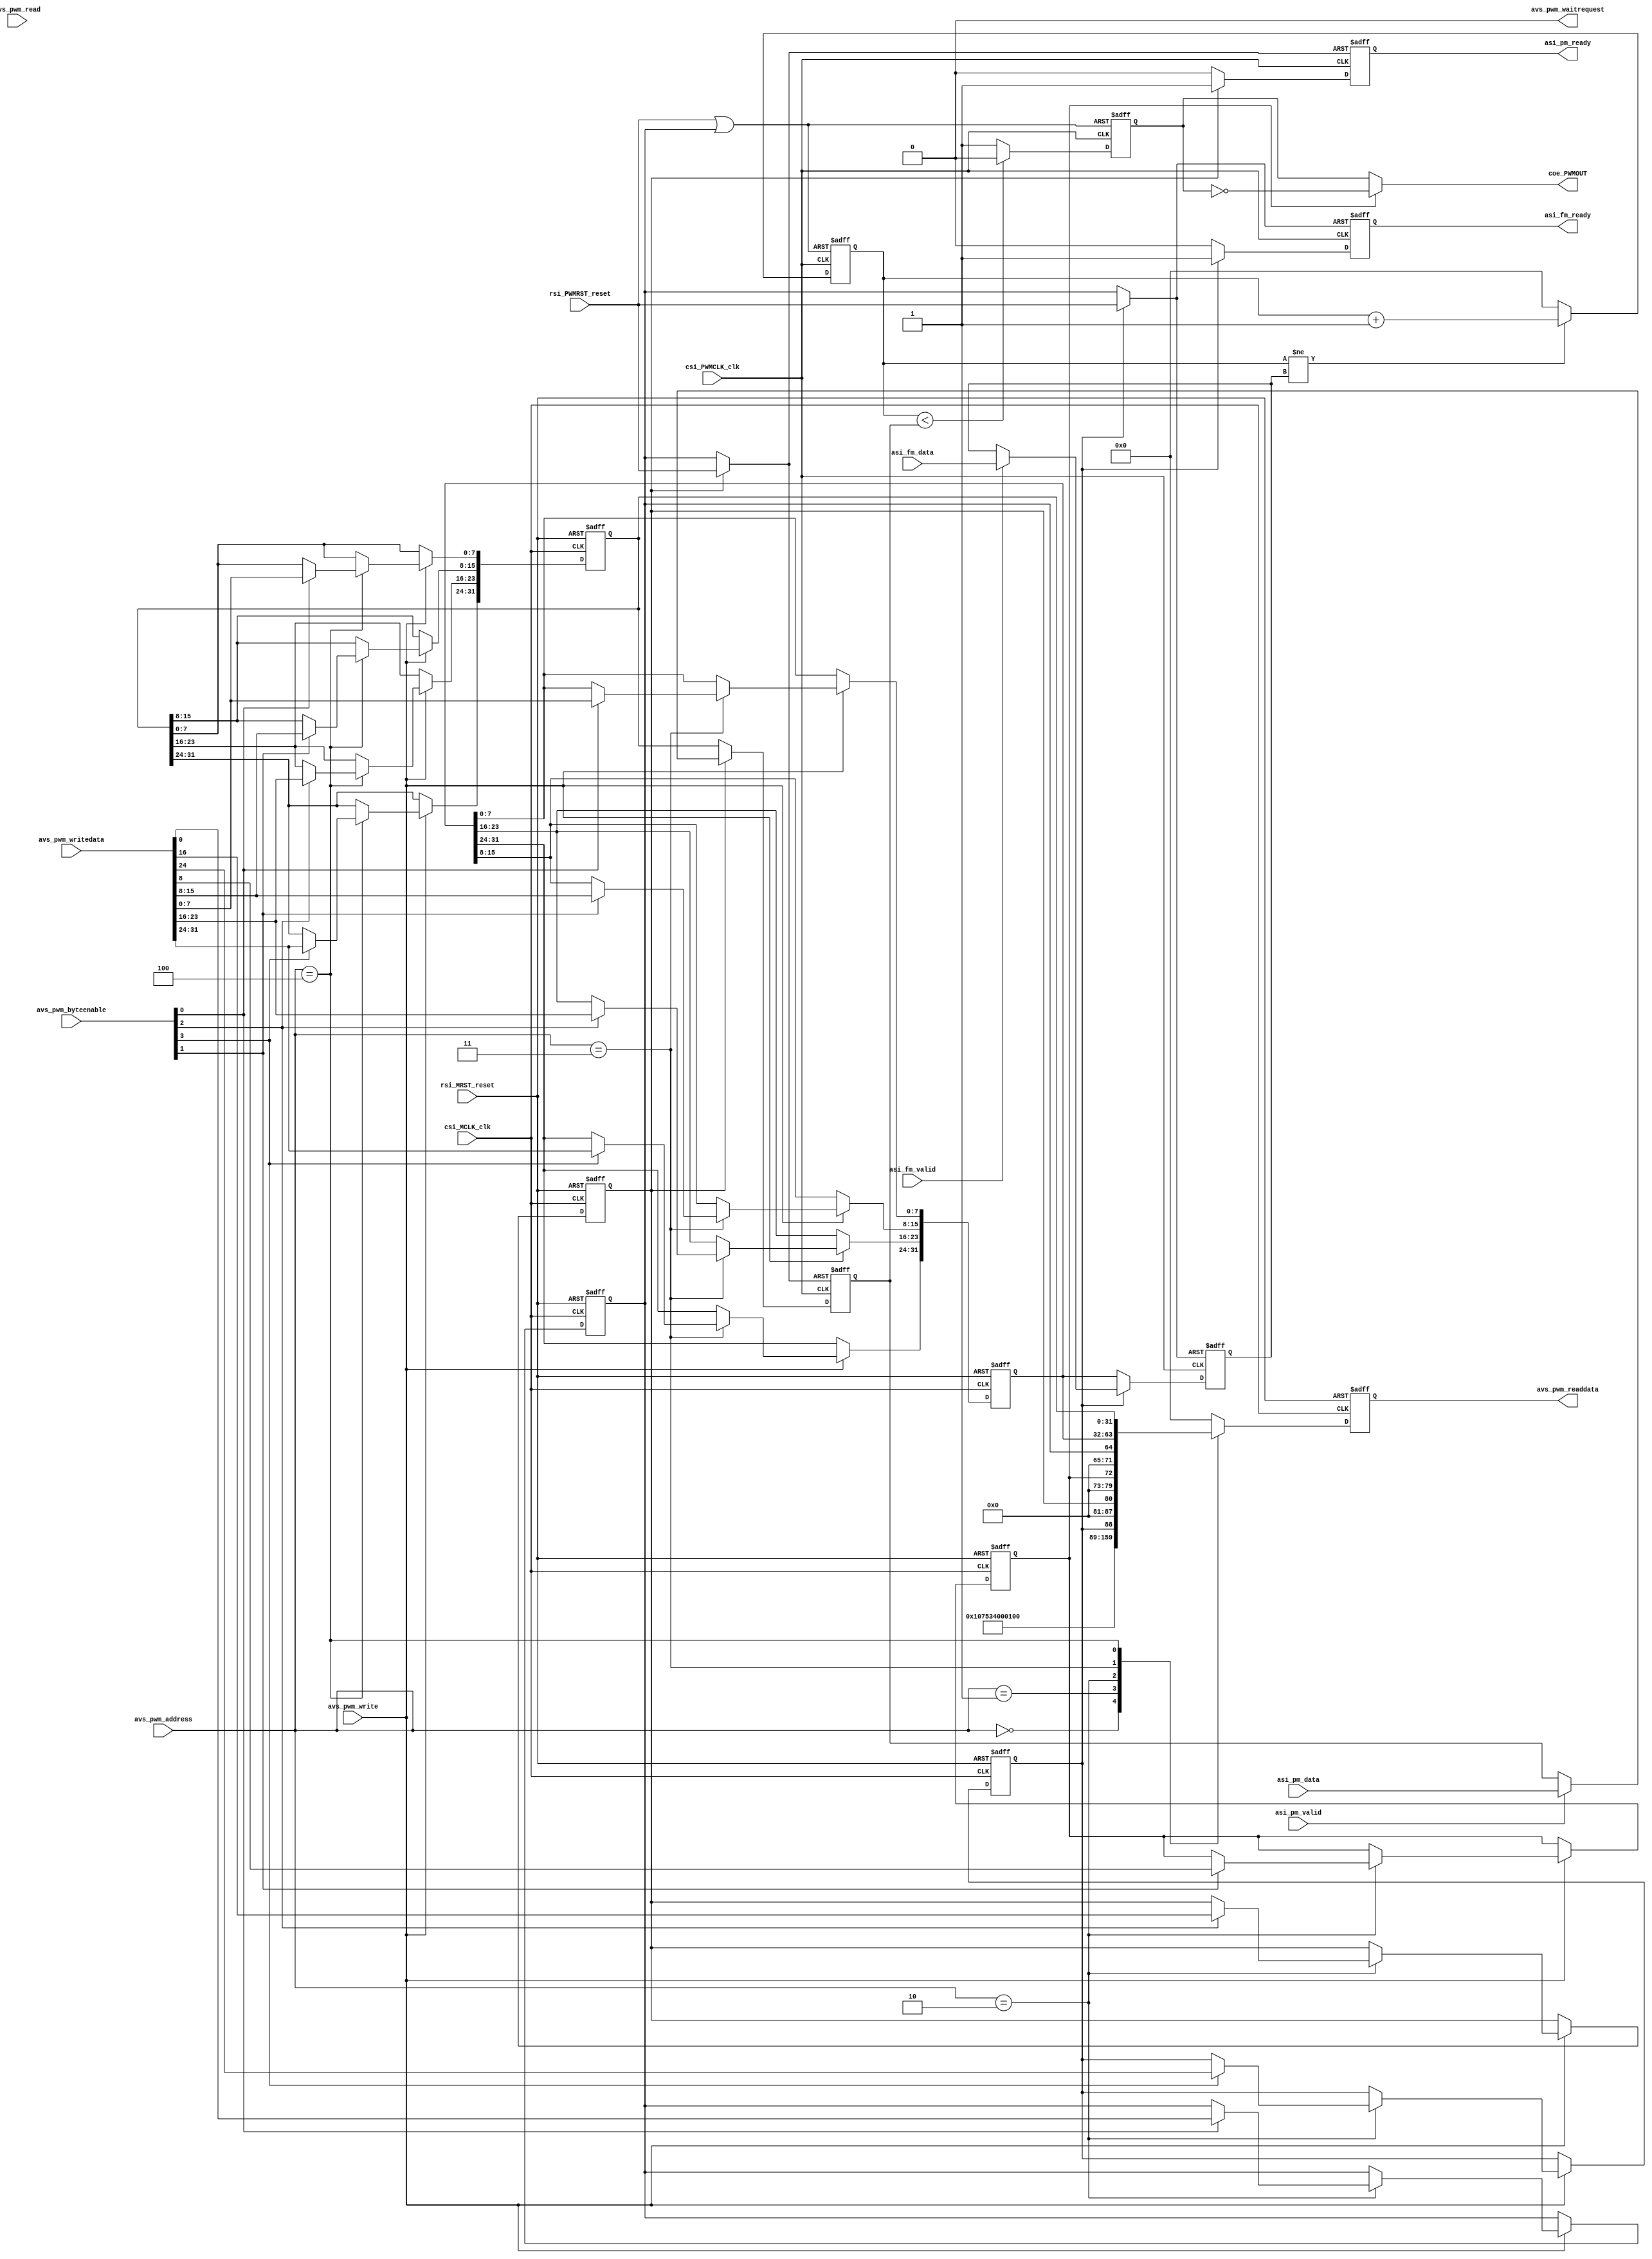
module grid_PWM(
input					rsi_MRST_reset,
input					csi_MCLK_clk,

input		[31:0]	avs_pwm_writedata,
output	[31:0]	avs_pwm_readdata,
input		[2:0]		avs_pwm_address,
input		[3:0]		avs_pwm_byteenable,
input					avs_pwm_write,
input					avs_pwm_read,
output				avs_pwm_waitrequest,

input					rsi_PWMRST_reset,
input					csi_PWMCLK_clk,

input		[31:0]	asi_fm_data,
input					asi_fm_valid,
output				asi_fm_ready,

input		[31:0]	asi_pm_data,
input					asi_pm_valid,
output				asi_pm_ready,

output				coe_PWMOUT
);

assign	avs_pwm_readdata = read_data;
assign	avs_pwm_waitrequest = 1'b0;
assign	asi_fm_ready = fm_ready;
assign	asi_pm_ready = pm_ready;
assign	coe_PWMOUT = (out_inv) ? ~pwm_out : pwm_out;

reg		[31:0]	read_data = 0;

reg					out_inv = 0;
reg					asi_gate_en = 0;
reg					asi_dtyc_en = 0;
reg					r_reset = 1;
reg		[31:0]	r_gate = 0;
reg		[31:0]	r_dtyc = 0;

/*
 * GRID_MOD_SIZE		0x0
 * GRID_MOD_ID			0x4
 * PWM_CTRL				0x8
 * PWM_PRD				0xC
 * PWM_DTYC				0x10
 */

always@(posedge csi_MCLK_clk or posedge rsi_MRST_reset)
begin
	if(rsi_MRST_reset) begin
		read_data <= 0;
	end
	else begin
		case(avs_pwm_address)
			0: read_data <= 32;
			1: read_data <= 32'hEA680002;
			2: read_data <= {7'b0, asi_gate_en, 7'b0, asi_dtyc_en, 7'b0, out_inv, 7'b0, r_reset};
			3: read_data <= r_gate;
			4: read_data <= r_dtyc;
			default: read_data <= 0;
		endcase
	end
end

always@(posedge csi_MCLK_clk or posedge rsi_MRST_reset)
begin
	if(rsi_MRST_reset) begin
		out_inv <= 0;
		asi_gate_en <= 0;
		asi_dtyc_en <= 0;
		r_reset <= 1;
		r_gate <= 0;
		r_dtyc <= 0;
	end
	else begin
		if(avs_pwm_write) begin
			case(avs_pwm_address)
				2: begin 
					if(avs_pwm_byteenable[3]) asi_gate_en <= avs_pwm_writedata[24];
					if(avs_pwm_byteenable[2]) asi_dtyc_en <= avs_pwm_writedata[16];
					if(avs_pwm_byteenable[1]) out_inv <= avs_pwm_writedata[8];
					if(avs_pwm_byteenable[0]) r_reset <= avs_pwm_writedata[0];
				end
				
				3: begin
					if(avs_pwm_byteenable[3]) r_gate[31:24] <= avs_pwm_writedata[31:24];
					if(avs_pwm_byteenable[2]) r_gate[23:16] <= avs_pwm_writedata[23:16];
					if(avs_pwm_byteenable[1]) r_gate[15:8] <= avs_pwm_writedata[15:8];
					if(avs_pwm_byteenable[0]) r_gate[7:0] <= avs_pwm_writedata[7:0];
				end
				
				4: begin
					if(avs_pwm_byteenable[3]) r_dtyc[31:24] <= avs_pwm_writedata[31:24];
					if(avs_pwm_byteenable[2]) r_dtyc[23:16] <= avs_pwm_writedata[23:16];
					if(avs_pwm_byteenable[1]) r_dtyc[15:8] <= avs_pwm_writedata[15:8];
					if(avs_pwm_byteenable[0]) r_dtyc[7:0] <= avs_pwm_writedata[7:0];
				end
	
				default: begin end
			endcase
		end
	end
end

wire					pwm_reset, pwm_gate_reset, pwm_dtyc_reset;

reg		[31:0]	pwm_gate = 0;
reg		[31:0]	pwm_dtyc = 0;
reg		[31:0]	pwm_cnt = 0;
reg					pwm_out = 0;

reg					fm_ready = 0;
reg					pm_ready = 0;

assign	pwm_reset = rsi_PWMRST_reset | r_reset;
assign	pwm_gate_reset = (asi_gate_en) ? rsi_PWMRST_reset : r_reset;
assign	pwm_dtyc_reset = (asi_dtyc_en) ? rsi_PWMRST_reset : r_reset;

always@(posedge csi_PWMCLK_clk or posedge pwm_reset)
begin
	if(pwm_reset) begin
		pwm_cnt <= 0;
		pwm_out <= 0;
	end
	else begin
		if(pwm_cnt != pwm_gate) pwm_cnt <= pwm_cnt + 1; else pwm_cnt <= 0;
		if(pwm_cnt < pwm_dtyc) pwm_out <= 0; else pwm_out <= 1;
	end
end

always@(posedge csi_PWMCLK_clk or posedge pwm_gate_reset)
begin
	if(pwm_gate_reset) begin
		pwm_gate <= 0;
		fm_ready <= 0;
	end
	else begin
		if(asi_gate_en) begin
			fm_ready <= 1;
			if(asi_fm_valid) pwm_gate <= asi_fm_data;
		end
		else begin
			fm_ready <= 0;
			pwm_gate <= r_gate;
		end
	end
end

always@(posedge csi_PWMCLK_clk or posedge pwm_dtyc_reset)
begin
	if(pwm_dtyc_reset) begin
		pwm_dtyc <= 0;
		pm_ready <= 0;
	end
	else begin
		if(asi_dtyc_en) begin
			pm_ready <= 1;
			if(asi_pm_valid) pwm_dtyc <= asi_pm_data;
		end
		else begin
			pm_ready <= 0;
			pwm_dtyc <= r_dtyc;
		end
	end
end

endmodule